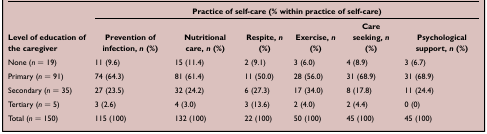
|  | <COLSPAN=6> Practice of self-care (% within practice of self-care) |
 | Level of education of the caregiver | Prevention of infection, n (%) | Nutritional care, n (%) | Respite, n (%) | Exercise, n (%) | Care seeking, n (%) | Psychological support, n (%) |
 | --- | --- | --- | --- | --- | --- | --- |
 | None (n = 19) | 11 (9.6) | 15 (11.4) | 2 (9.1) | 3 (6.0) | 4 (8.9) | 3 (6.7) |
 | Primary (n = 91) | 74 (64.3) | 81 (61.4) | 11 (50.0) | 28 (56.0) | 31 (68.9) | 31 (68.9) |
 | Secondary (n = 35) | 27 (23.5) | 32 (24.2) | 6 (27.3) | 17 (34.0) | 8 (17.8) | 11 (24.4) |
 | Tertiary (n = 5) | 3 (2.6) | 4 (3.0) | 3 (13.6) | 2 (4.0) | 2 (4.4) | 0 (0) |
 | Total (n = 150) | 115 (100) | 132 (100) | 22 (100) | 50 (100) | 45 (100) | 45 (100) |